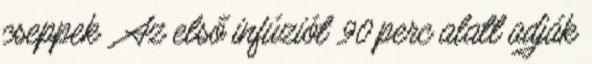
cseppek . Az első infúziót 90 perc alatt adják